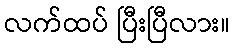
လက်ထပ် ပြီးပြီလား။